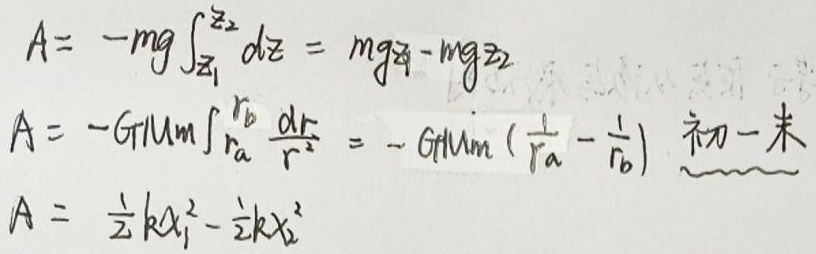
重力做功：
\[A=-mg\int_{z_1}^{z_2} dz = mgz_1 - mgz_2\]
万有引力做功：
\[A=-GMm\int_{r_a}^{r_b} \frac{dr}{r^2} = -GMm\left(\frac{1}{r_a}-\frac{1}{r_b}\right)\text{（初 - 末）}\]
弹簧弹力做功：
\[A=\frac{1}{2}kx_1^2-\frac{1}{2}kx_2^2\]